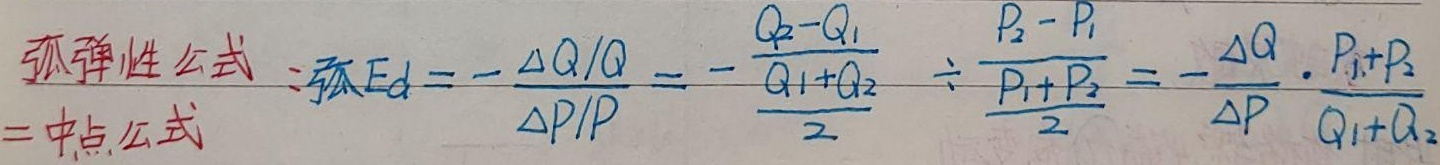
弧弹性公式：弧\(E_d = -\frac{\Delta Q / Q}{\Delta P / P}= -\frac{\frac{Q_2 - Q_1}{Q_1 + Q_2}}{2} \div\frac{\frac{P_2 - P_1}{P_1 + P_2}}{2}= -\frac{\Delta Q}{\Delta P}\cdot\frac{P_1 + P_2}{Q_1 + Q_2}\)，此即中点公式。